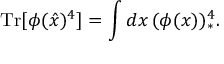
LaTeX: \mathrm { T r } [ \phi ( \hat { x } ) ^ { 4 } ] = \int d x \, ( \phi ( x ) ) _ { * } ^ { 4 } .